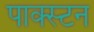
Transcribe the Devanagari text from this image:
पाक्स्टन